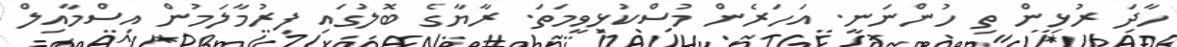
ހާދަ ރުޅިން ތި ހުންނަނީ. އަހަރެން މުސްކުޅިވީމަތަ. ރާޔާގެ ބޮލުގައި ފިރުމާލަމުން އިސްމާއިލް